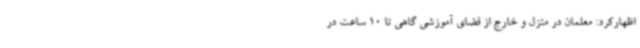
اظهارکرد: معلمان در منزل و خارج از فضای آموزشی گاهی تا 10 ساعت در